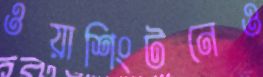
ওয়াশিংটনেও